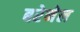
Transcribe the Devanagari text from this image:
बरेनेल